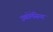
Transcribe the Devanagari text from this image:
उम्कोमेसिया